画像に写った文字を読んでください
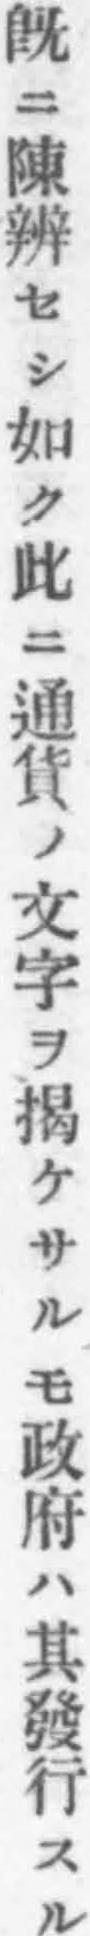
「既ニ陳辨セシ如ク此ニ通貨ノ文字ヲ揭ケサルモ政府ハ其發行スル」と書いてあります